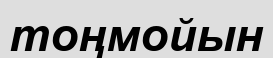
тоңмойын